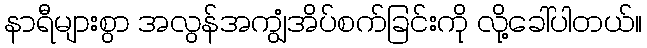
နာရီများစွာ အလွန်အကျွံအိပ်စက်ခြင်းကို လို့ခေါ်ပါတယ်။